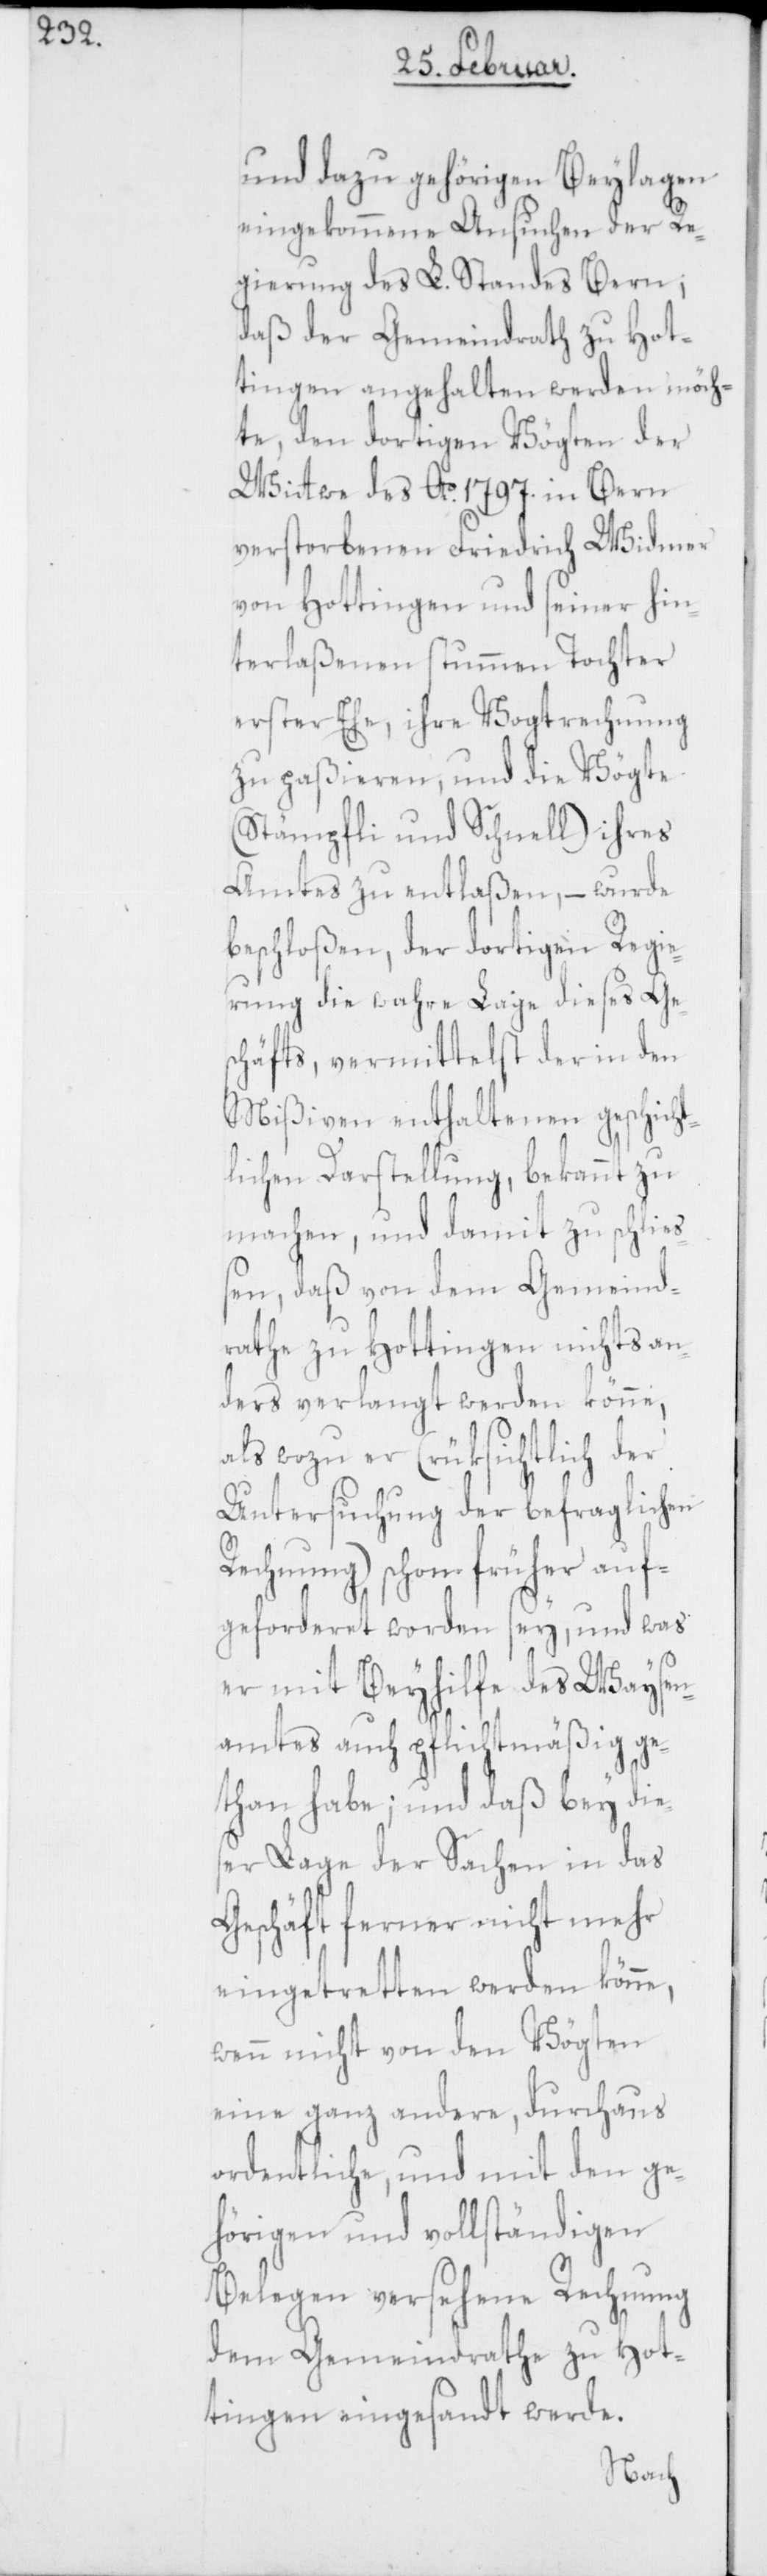
und dazu gehörigen Beylagen
eingekommene Ansuchen der Re¬
gierung des L. Standes Bern,
daß der Gemeindrath zu Hot¬
tingen angehalten werden möch¬
te, den dortigen Vögten der
Witwe des Ao 1797. in Bern
verstorbenen Friedrich Widmer
von Hottingen und seiner hin¬
terlaßenen stummen Tochter
erster Ehe, ihre Vogtrechnung
zu paßieren, und die Vögte
(Stämpfli und Schnell) ihres
Amtes zu entlaßen, – wurde
beschloßen, der dortigen Regie¬
rung die wahre Lage dieses Ge¬
schäfts, vermittelst der in den
Mißiven enthaltenen geschicht¬
lichen Darstellung, bekannt zu
machen, und damit zu schlie¬
ßen, daß von dem Gemein¬
rathe zu Hottingen nichts an¬
ders verlangt werden könne,
als wozu er (rüksichtlich der
Untersuchung der befraglichen
Rechnung) schon früher auf¬
geforderet worden sey, und was
er mit Beyhilfe des Waysen¬
amtes auch pflichtmäßig ge¬
than habe; und daß bey die¬
ser Lage der Sachen in das
Geschäft ferner nicht mehr
eingetretten werden könne,
wenn nicht von den Vögten
eine ganz andere, durchaus
ordentliche, und mit den ge¬
hörigen und vollständigen
Belegen versehene Rechnung
dem Gemeindrathe zu Hot¬
tingen eingesandt werde.